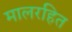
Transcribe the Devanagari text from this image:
मालरहित